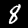
Digit: 8